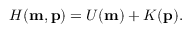
\begin{array} { r } { H ( \mathbf { m } , \mathbf { p } ) = U ( \mathbf { m } ) + K ( \mathbf { p } ) . } \end{array}